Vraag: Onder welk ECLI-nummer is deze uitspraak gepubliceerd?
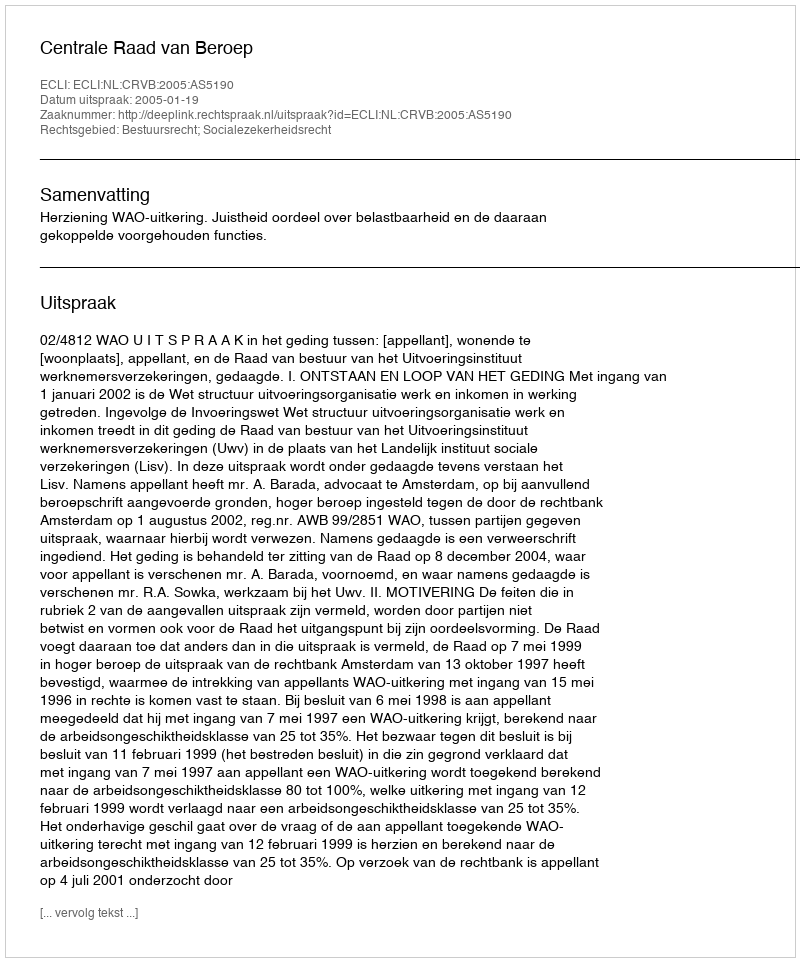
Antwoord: ECLI:NL:CRVB:2005:AS5190